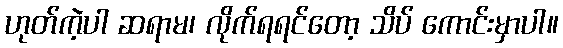
ဟုတ်ကဲ့ပါ ဆရာမ၊ လိုက်ရရင်တော့ သိပ် ကောင်းမှာပါ။